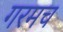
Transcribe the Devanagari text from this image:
गरमच